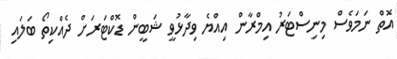
އޮތް ނަމަވެސް މިނިސްޓަރު އިމްރާން އިއްޔެ ވިދާޅުވީ ޝަބީން ޑޮކްޓަރަށް ދެއްކިތޯ ބަލައި